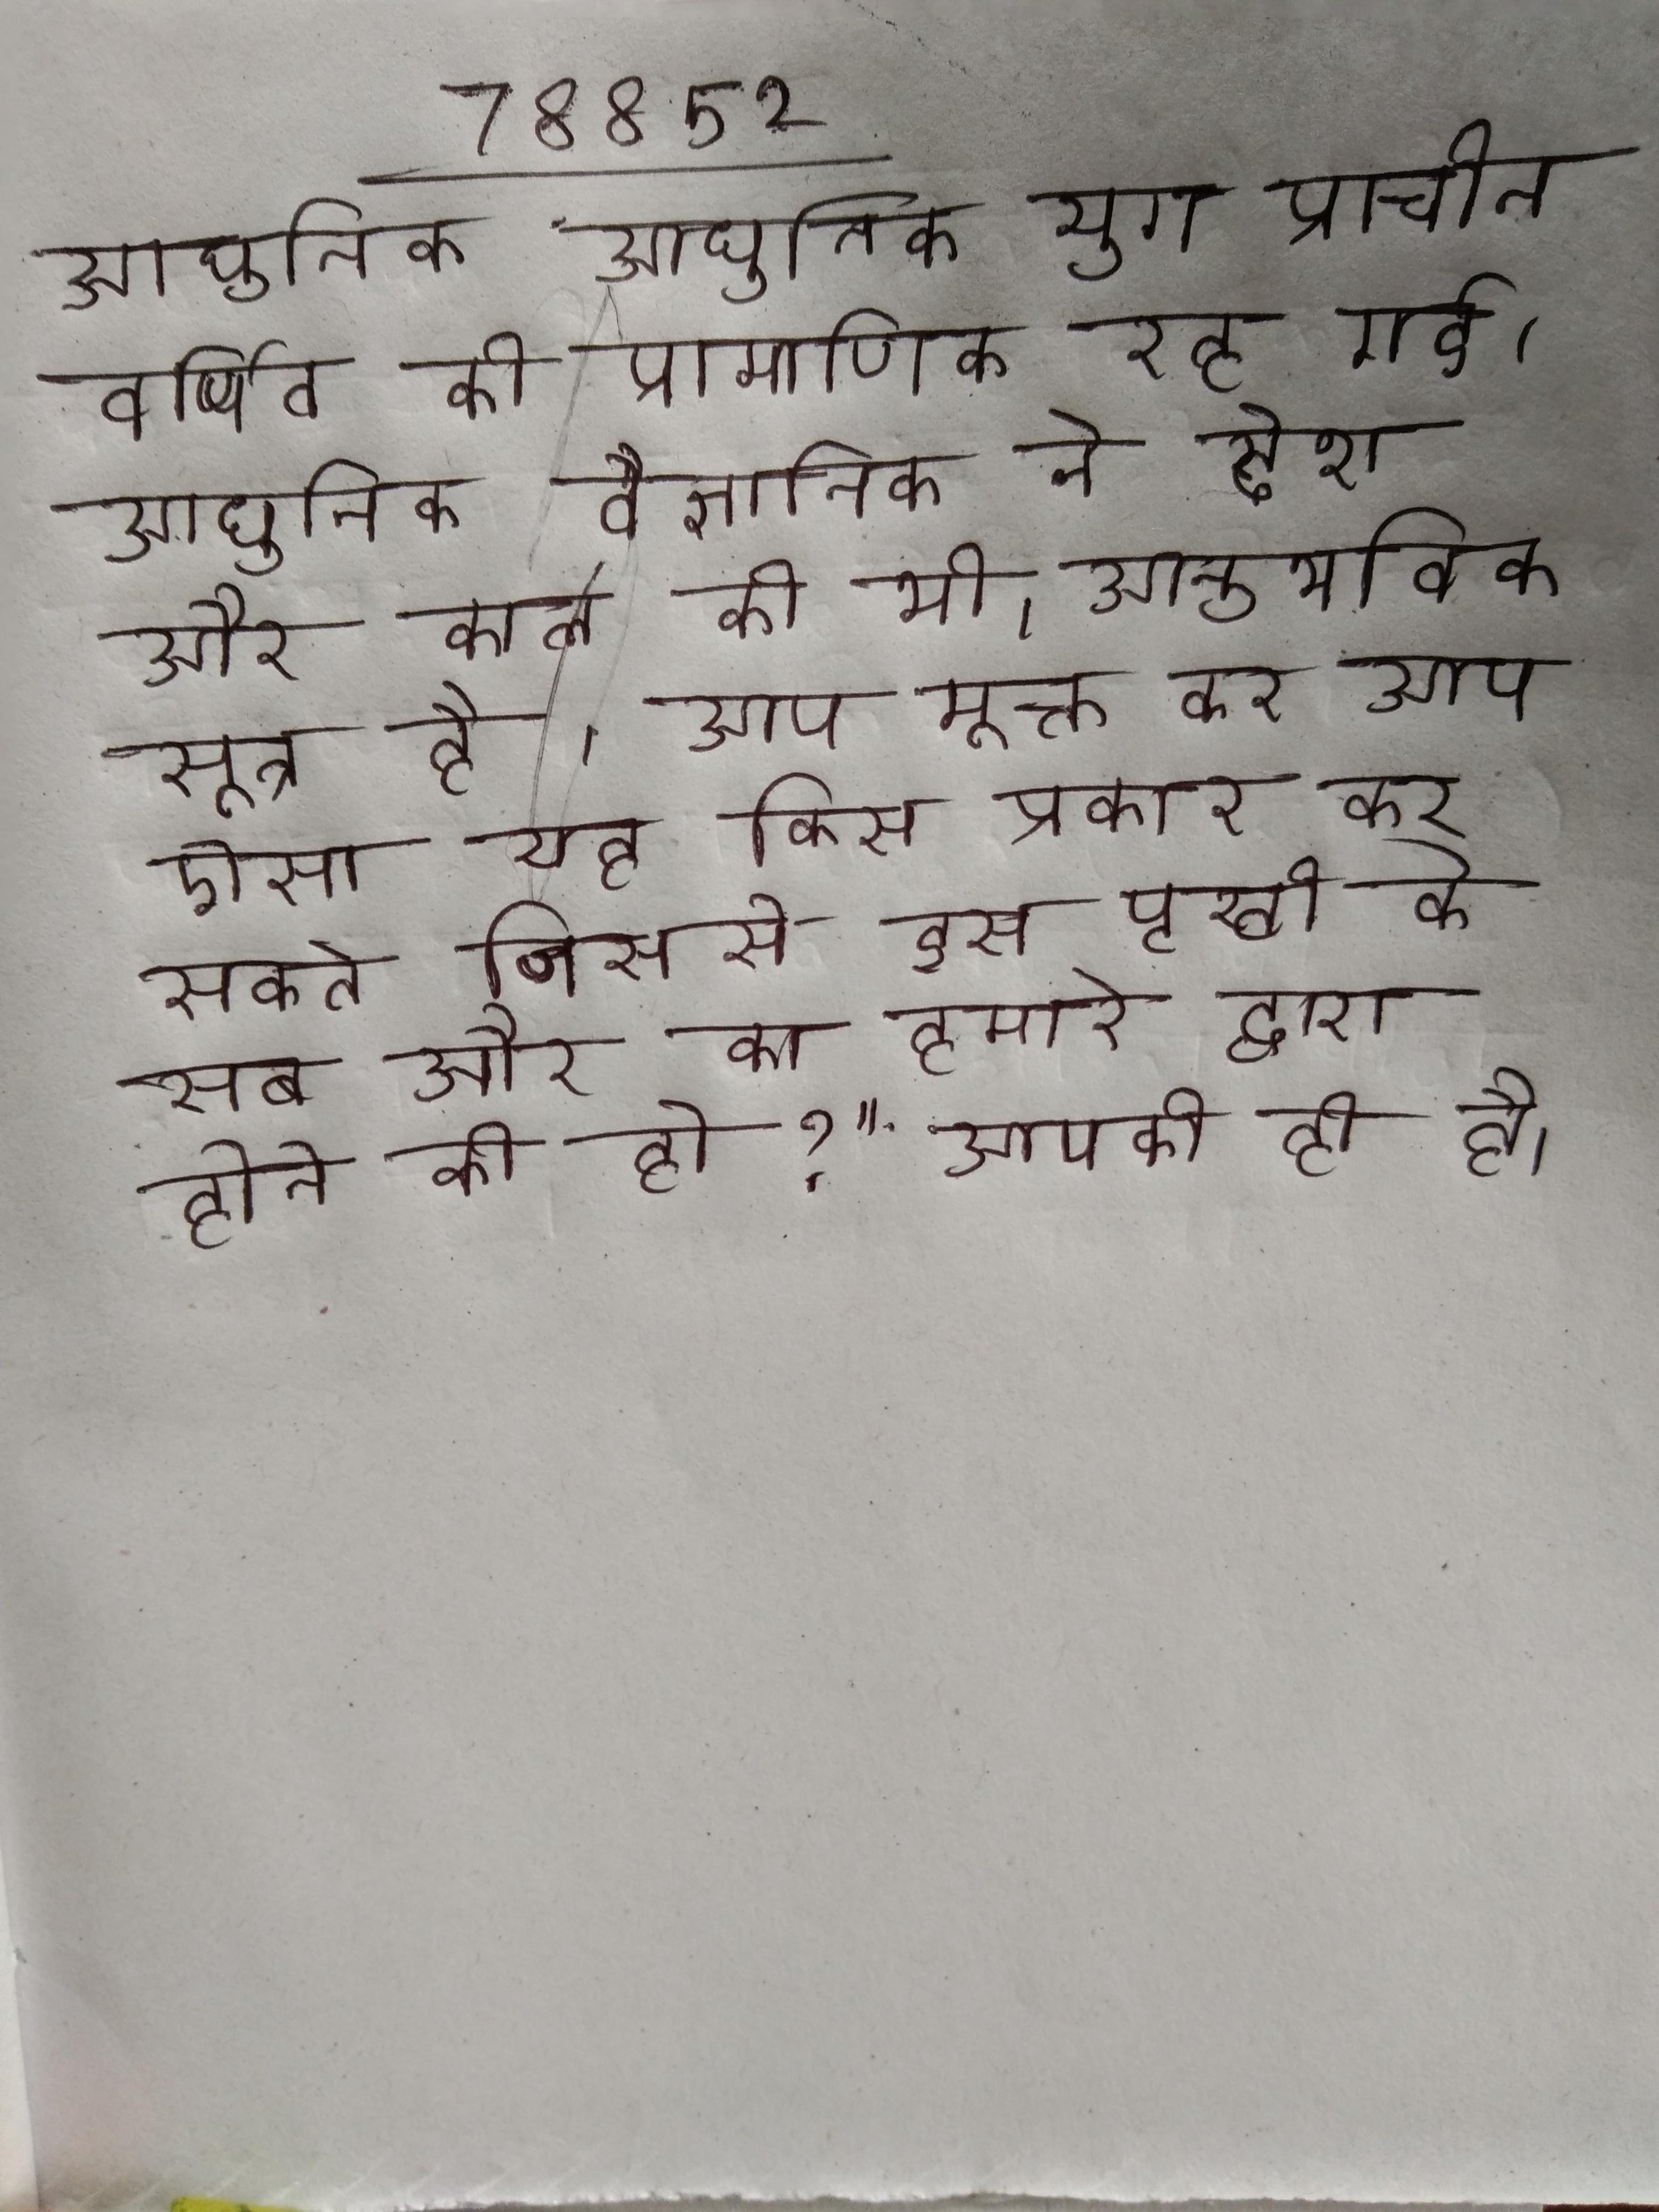
आधुनिक आधुनिक युग प्राचीन वर्णित की प्रामाणिक रह गई । आधुनिक वैज्ञानिक ने देश और काल की भी । आनुभविक सूत्र है । आप मुक्त कर आप ऐसा यज्ञ किस प्रकार कर सकते जिससे इस पृथ्वी के सब और का हमारे द्वारा होने की हो?" आपकी ही है ।